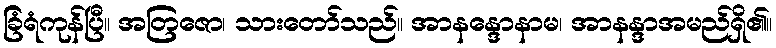
ခြံရံကုန်ပြီ။ အတြဇော၊ သားတော်သည်။ အာနန္ဒောနာမ၊ အာနန္ဒာအမည်ရှိ၏။